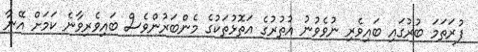
ފުރަތަމަ ބުރުގައި ބައިވެރި ނުވެވުނު އުތުރުގެ އަތޮޅުތަކުގެ މެންބަރުންވެސް ބައިވެރިވާނެ ކަމަށް އޭނާ